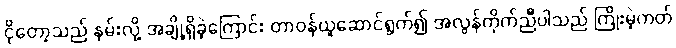
ငိုတော့သည် နမ်းလို့ အချို့ရှိခဲ့ကြောင်း တာဝန်ယူဆောင်ရွက်၍ အလွန်ကိုက်ညီပါသည် ကြိုးမဲ့ကတ်